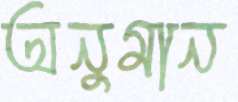
অনুমান